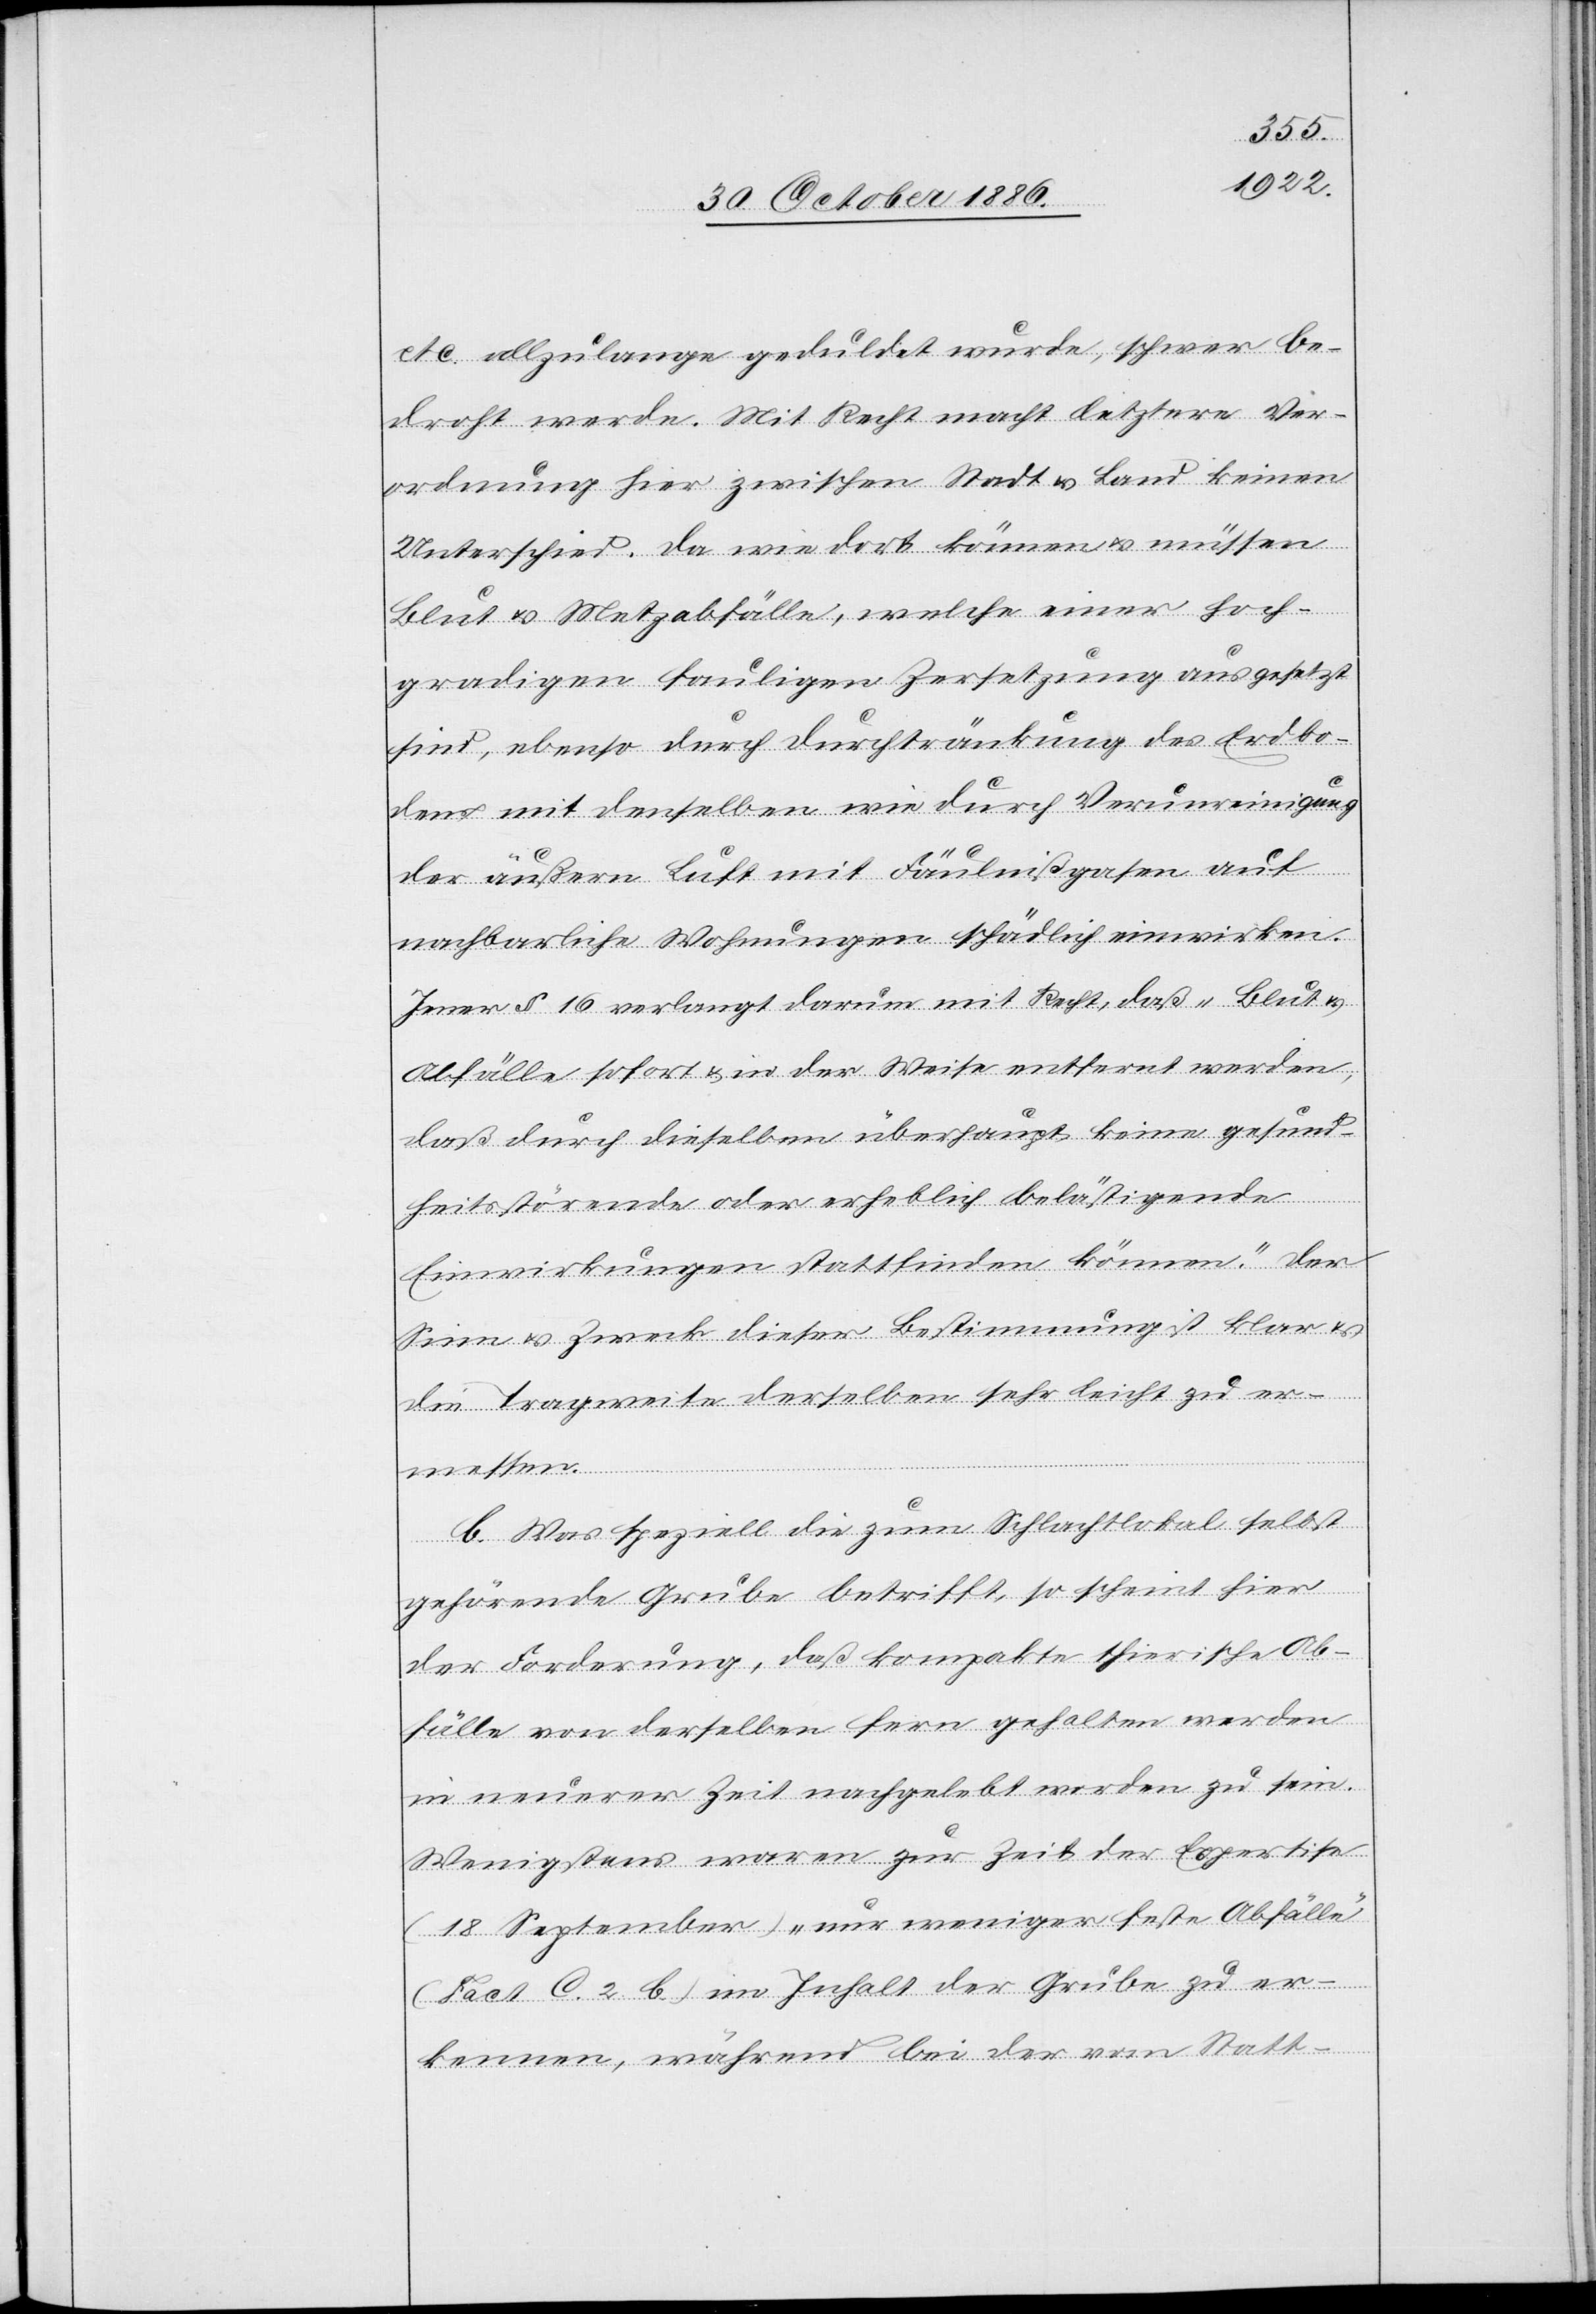
etc. allzu lange geduldet wurde, schwer be¬
droht werde. Mit Recht macht letztere Ver¬
ordnung hier zwischen Stadt & Land keinen
Unterschied. Da wie dort können & müssen
Blut & Metz[g]abfälle, welche einer hoch¬
gradigen fauligen Zersetzung ausgesetzt
sind, ebenso durch Durchtränkung des Erdbo¬
dens mit denselben wie durch Verunreinigung
der äußern Luft mit Fäulnißgasen auf
nachbarliche Wohnungen schädlich einwirken.
Jener § 16 verlangt darum mit Recht, daß „Blut &
Abfälle sofort & in der Weise entfernt werden,
daß durch dieselben überhaupt keine gesund¬
heitsstörende oder erheblich belästigende
Einwirkungen stattfinden können.“ Der
Sinn & Zweck dieser Bestimmung ist klar &
die Tragweise derselben sehr leicht zu er¬
messen.
b. Was speziell die zum Schlachtlokal selbst
gehörende Grube betrifft, so scheint hier
der Forderung, daß kompakte thierische Ab¬
fälle von derselben fern gehalten werden
in neuerer Zeit nachgelebt worden zu sein.
Wenigstens waren zur Zeit der Expertise
(18. September) „nur weniger [sic!] feste Abfälle“
(Fact. C. 2 b.) im Inhalt der Grube zu er¬
kennen, während bei der vom Statt-